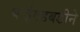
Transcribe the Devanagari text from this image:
घाईगडबडीने